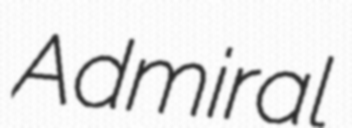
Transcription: Admiral